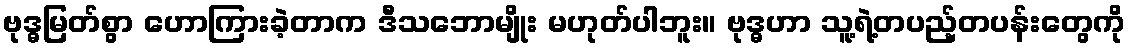
ဗုဒ္ဓမြတ်စွာ ဟောကြားခဲ့တာက ဒီသဘောမျိုး မဟုတ်ပါဘူး။ ဗုဒ္ဓဟာ သူ့ရဲ့တပည့်တပန်းတွေကို